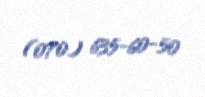
(070) 635-60-50